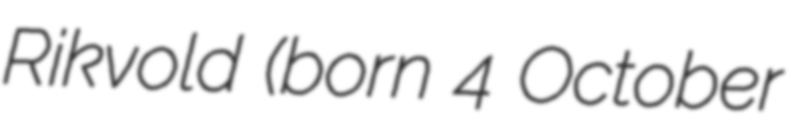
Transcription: Rikvold (born 4 October